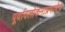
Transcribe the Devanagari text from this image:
पूर्वावलोकनाप्रमाणेच